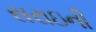
સરાઇની